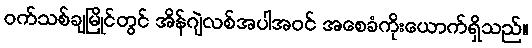
ဝက်သစ်ချမြိုင်တွင် အိန်ဂျဲလစ်အပါအဝင် အစေခံကိုးယောက်ရှိသည်။